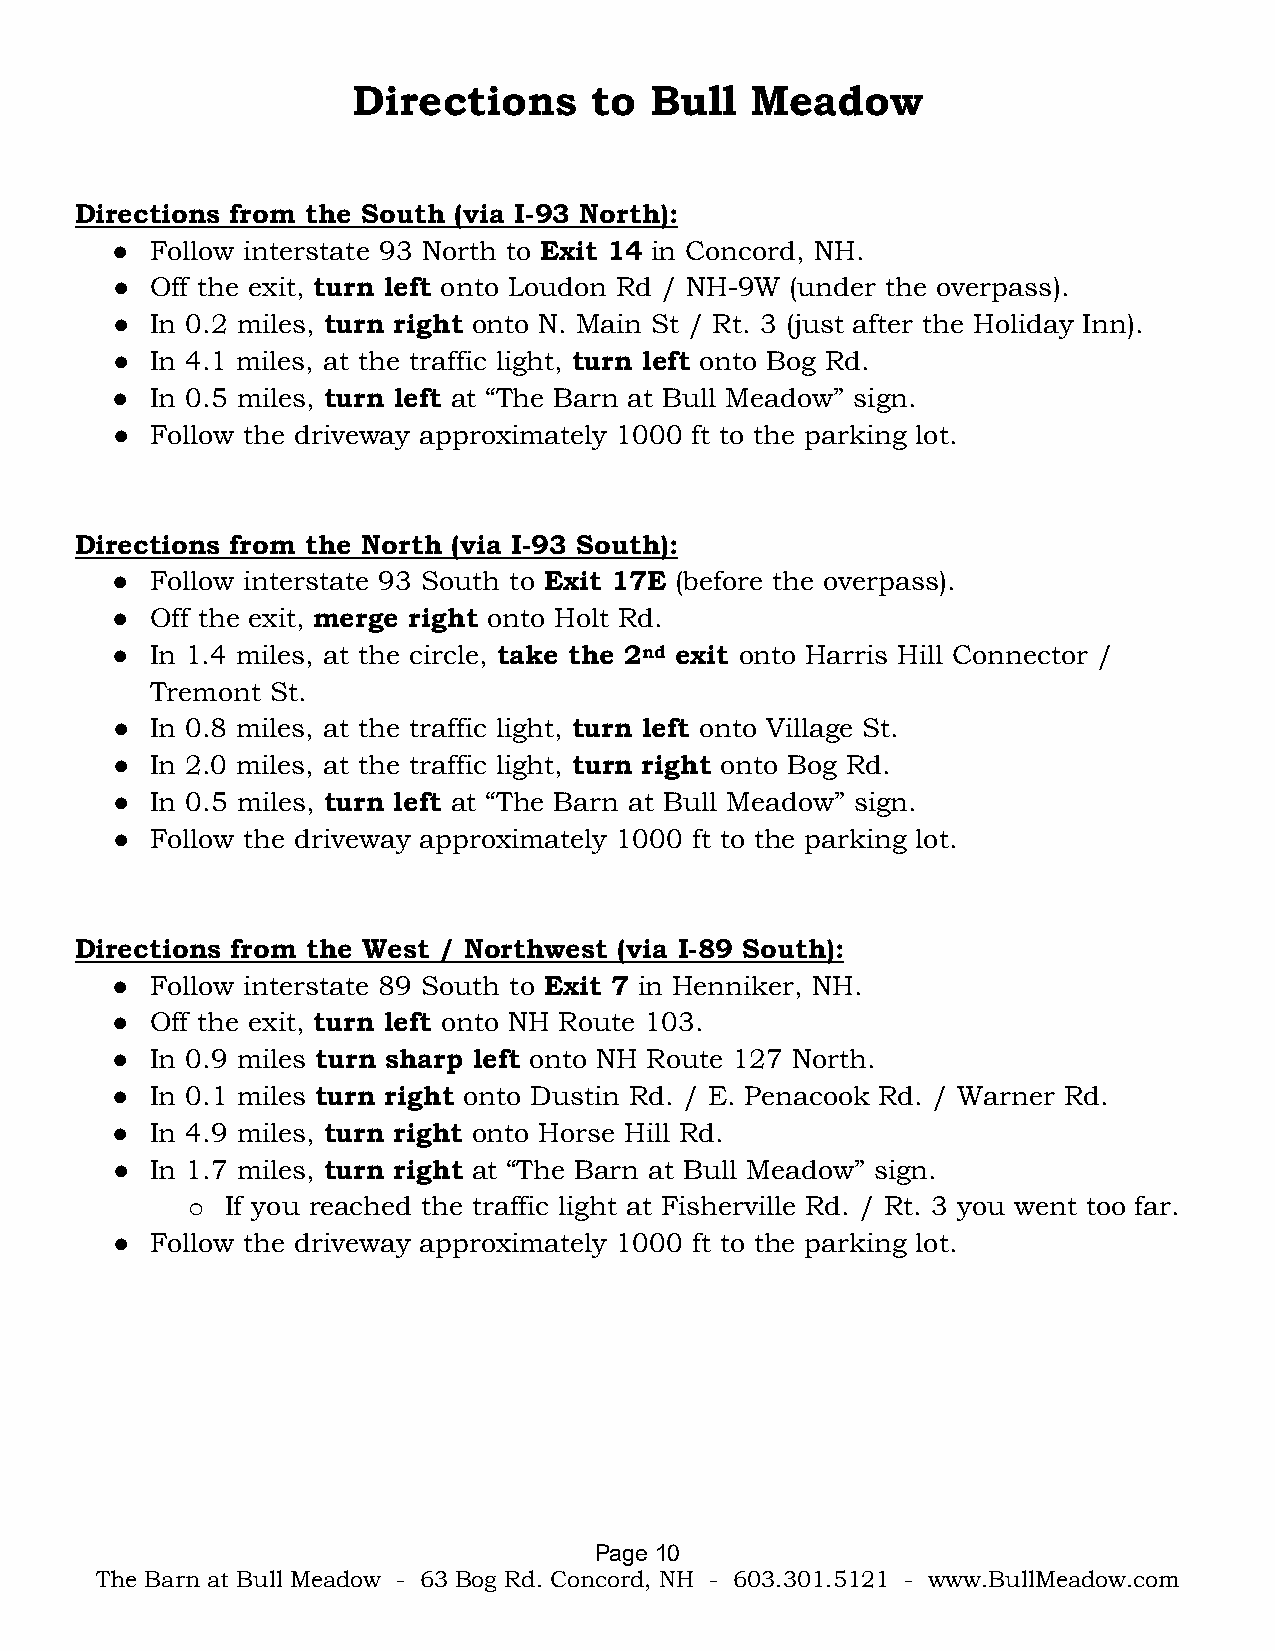
Directions      to  Bull   Meadow
 Directions from the South (via I-93 North):
 ●  Follow interstate 93 North to Exit 14 in Concord, NH.
 ●  Off the exit, turn left onto Loudon Rd / NH-9W (under the overpass).
 ●  In 0.2 miles, turn right onto N. Main St / Rt. 3 (just after the Holiday Inn).
 ●  In 4.1 miles, at the traffic light, turn left onto Bog Rd.
 ●  In 0.5 miles, turn left at “The Barn at Bull Meadow” sign.
 ●  Follow the driveway approximately 1000 ft to the parking lot.
 Directions from the North (via I-93 South):
 ●  Follow interstate 93 South to Exit 17E (before the overpass).
 ●  Off the exit, merge right onto Holt Rd.
 ●  In 1.4 miles, at the circle, take the 2nd exit onto Harris Hill Connector /
 Tremont St.
 ●  In 0.8 miles, at the traffic light, turn left onto Village St.
 ●  In 2.0 miles, at the traffic light, turn right onto Bog Rd.
 ●  In 0.5 miles, turn left at “The Barn at Bull Meadow” sign.
 ●  Follow the driveway approximately 1000 ft to the parking lot.
 Directions from the West / Northwest (via I-89 South):
 ●  Follow interstate 89 South to Exit 7 in Henniker, NH.
 ●  Off the exit, turn left onto NH Route 103.
 ●  In 0.9 miles turn sharp left onto NH Route 127 North.
 ●  In 0.1 miles turn right onto Dustin Rd. / E. Penacook Rd. / Warner Rd.
 ●  In 4.9 miles, turn right onto Horse Hill Rd.
 ●  In 1.7 miles, turn right at “The Barn at Bull Meadow” sign.
 If you reached the traffic light at Fisherville Rd. / Rt. 3 you went too far.
 o
 ●  Follow the driveway approximately 1000 ft to the parking lot.
 Page 10
 The Barn at Bull Meadow - 63 Bog Rd. Concord, NH - 603.301.5121 - www.BullMeadow.com